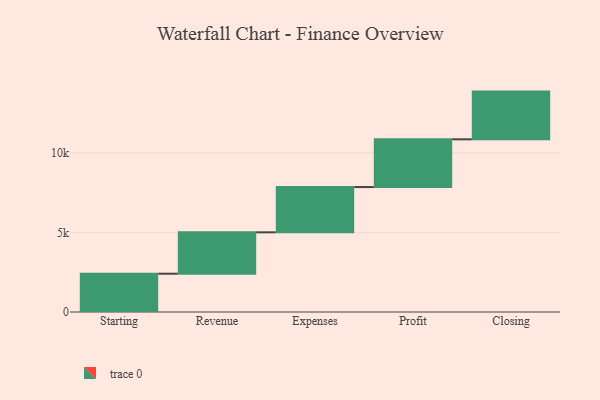
{"axis": {"x": "Step", "y": "Value"}, "legend": [""], "data": [{"x": "Starting", "y": 2408.0, "type": ""}, {"x": "Revenue", "y": 2601.0, "type": ""}, {"x": "Expenses", "y": 2847.0, "type": ""}, {"x": "Profit", "y": 3000, "type": ""}, {"x": "Closing", "y": 3000, "type": ""}]}